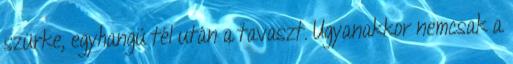
szürke, egyhangú tél után a tavaszt. Ugyanakkor nemcsak a